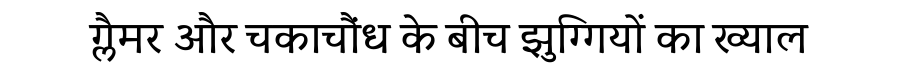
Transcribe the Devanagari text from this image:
ग्लैमर और चकाचौंध के बीच झुग्गियों का ख्याल